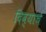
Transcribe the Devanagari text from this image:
दिव्यांचे